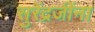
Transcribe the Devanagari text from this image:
सुरेंद्रजींना